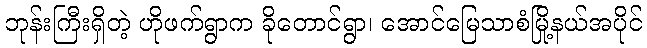
ဘုန်းကြီးရှိတဲ့ ဟိုဖက်ရွာက ခိုတောင်ရွာ၊ အောင်မြေသာစံမြို့နယ်အပိုင်